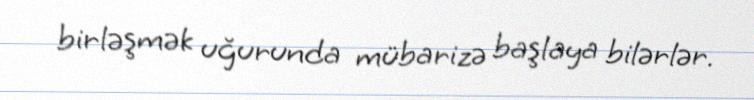
birləşmək uğurunda mübarizə başlaya bilərlər.